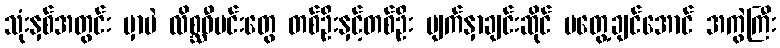
သုံးနှစ်အတွင်း မှာပဲ လိစ္ဆဝီမင်းတွေ တစ်ဦးနှင့်တစ်ဦး မျက်နှာချင်းဆိုင် မတွေ့ချင်အောင် အကွဲကြီး